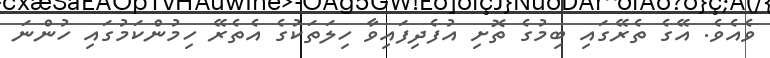
ވެއެވެ. އޭގެ ތެރޭގައި ބިމުގެ ތޮށި އުފެދިފައިވާ ހިލަތަކުގެ އެތެރޭ ހިމުންކަމުގައި ހުންނަ